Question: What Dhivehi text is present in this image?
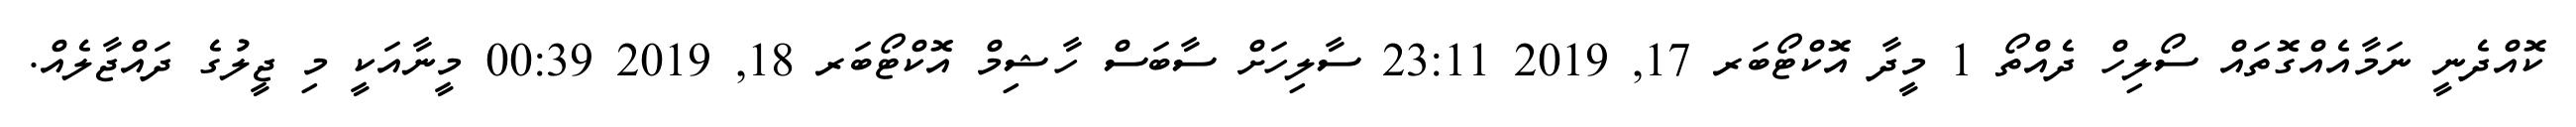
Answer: ކޮއްދެނީ ނަމާއެއްގޮތައް ސޯލިހް ދެއްތޯ 1 މީދާ އޮކްޓޯބަރ 17, 2019 23:11 ސާލިހަށް ސާބަސް ހާޝިމް އޮކްޓޯބަރ 18, 2019 00:39 މީނާއަކީ މި ޖީލުގެ ދައްޖާލެއް.